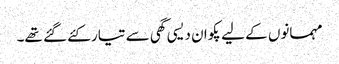
مہمانوں کے لیے پکوان دیسی گھی سے تیار کئے گئے تھے۔